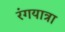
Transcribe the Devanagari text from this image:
रंगयात्रा